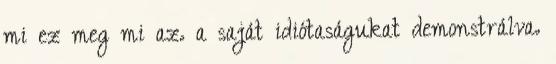
mi ez meg mi az. a saját idiótaságukat demonstrálva.